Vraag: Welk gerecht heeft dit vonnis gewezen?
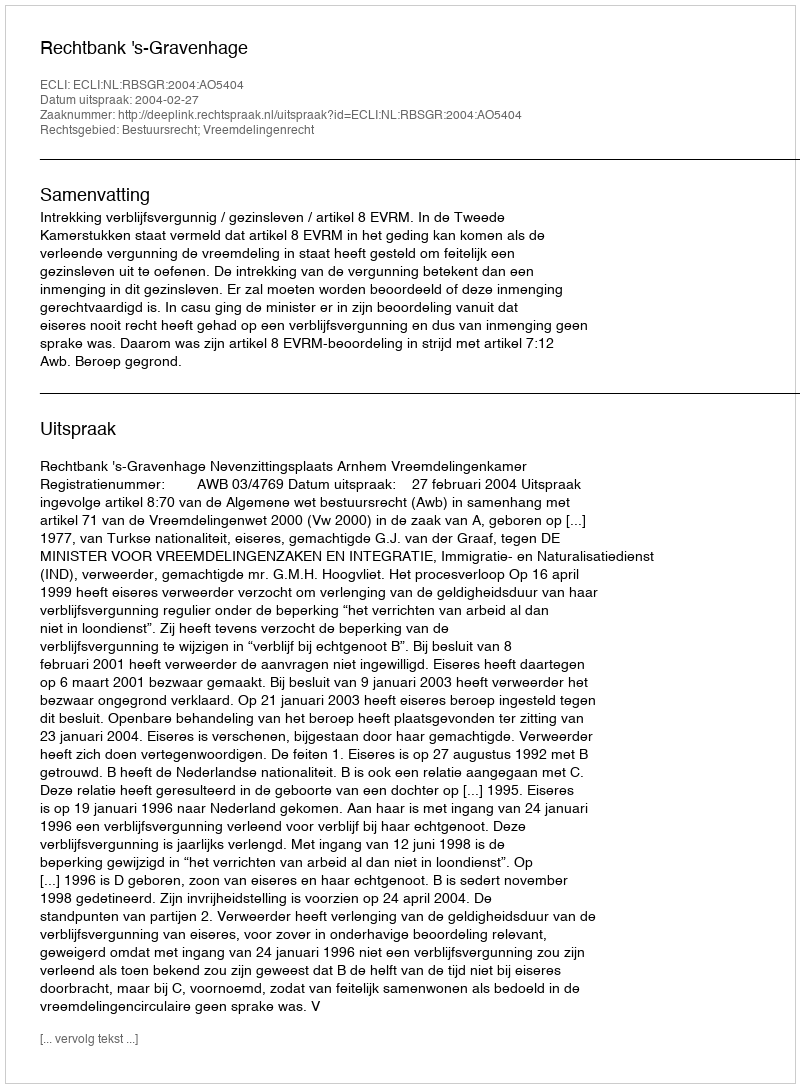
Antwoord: Rechtbank 's-Gravenhage